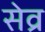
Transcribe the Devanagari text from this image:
सेव्र